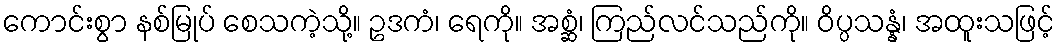
ကောင်းစွာ နစ်မြုပ် စေသကဲ့သို့။ ဥဒကံ၊ ရေကို။ အစ္ဆံ၊ ကြည်လင်သည်ကို။ ဝိပ္ပသန္နံ၊ အထူးသဖြင့်